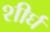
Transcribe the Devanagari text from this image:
शीर्घ